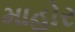
માહોર